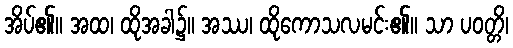
အိပ်၏။ အထ၊ ထိုအခါ၌။ အဿ၊ ထိုကောသလမင်း၏။ သာ ပဝတ္တိ၊